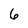
Character: 6